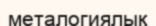
металогиялық